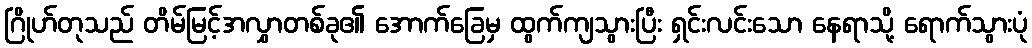
ဂြိုဟ်တုသည် တိမ်မြင့်အလွှာတစ်ခု၏ အောက်ခြေမှ ထွက်ကျသွားပြီး ရှင်းလင်းသော နေရာသို့ ရောက်သွားပုံ